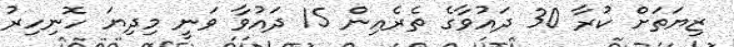
ޒިޔަތަށް ކުރާ 30 ދައުވާގެ ތެރެއިން 15 ދައުވާ ވަނީ މިދިޔަ ހޮނިހިރު